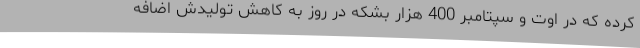
کرده که در اوت و سپتامبر 400 هزار بشکه در روز به کاهش تولیدش اضافه